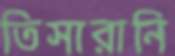
তিসারানি